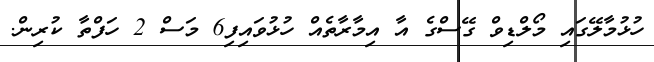
ހުޅުމާލޭގައި މޯލްޑިވް ގޭސްގެ އާ އިމާރާތެއް ހުޅުވައިފި6 މަސް 2 ހަފްތާ ކުރިން.